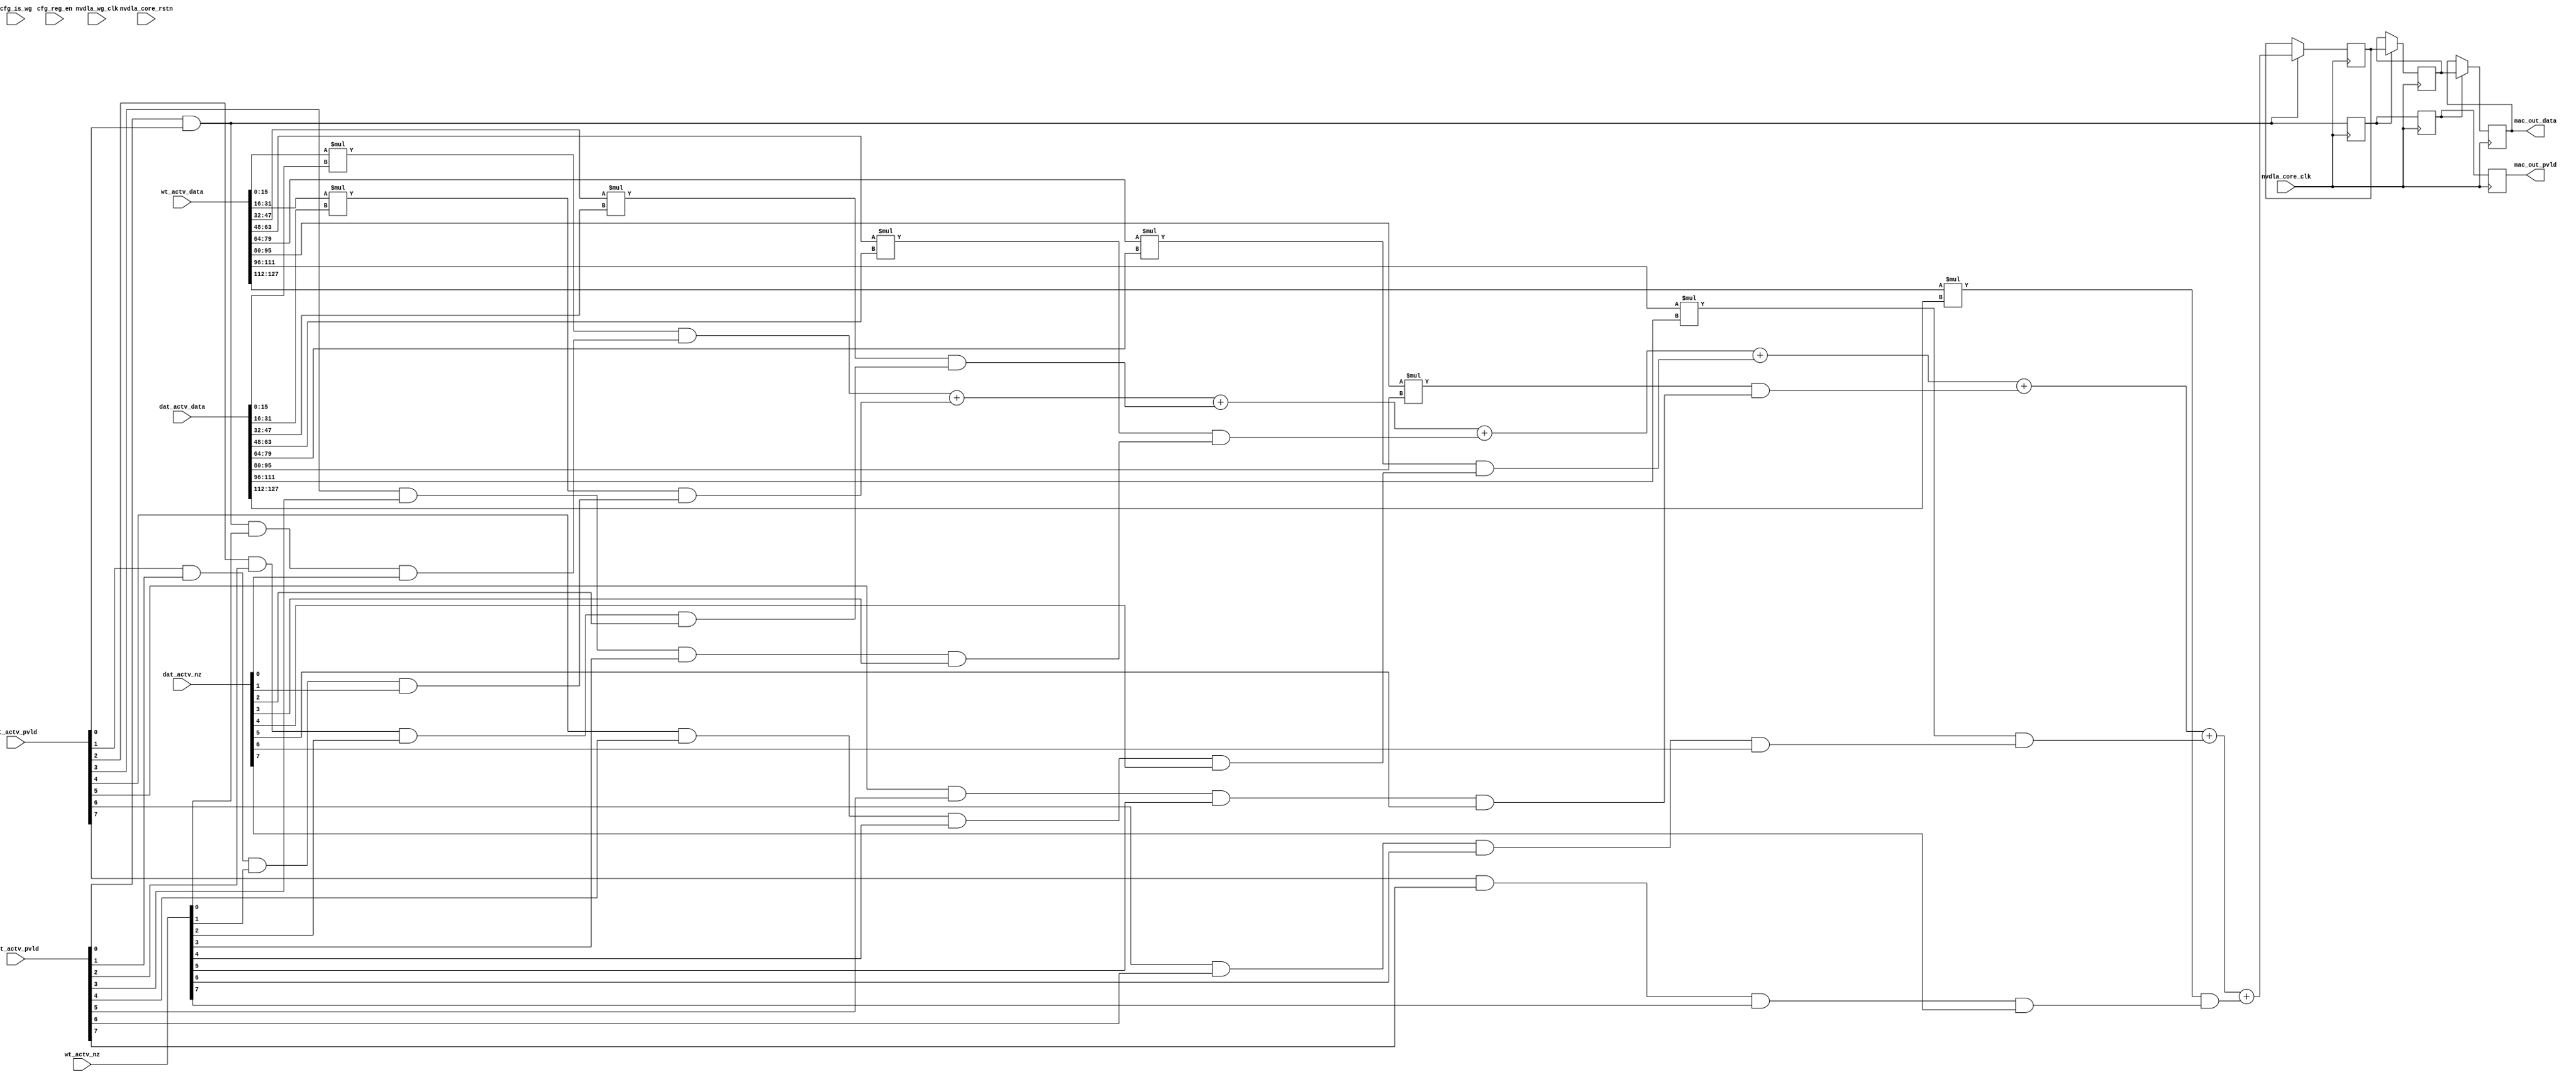
`define DESIGNWARE_NOEXIST 1

/*MAC NVDLA INT16*/
module mac_unit (
   nvdla_core_clk
  ,nvdla_wg_clk 
  ,nvdla_core_rstn
  ,cfg_is_wg 
  ,cfg_reg_en 
  ,dat_actv_data
  ,dat_actv_nz 
  ,dat_actv_pvld
  ,wt_actv_data 
  ,wt_actv_nz 
  ,wt_actv_pvld 
  ,mac_out_data 
  ,mac_out_pvld 
  );
input nvdla_core_clk;
input nvdla_wg_clk;
input nvdla_core_rstn;
input cfg_is_wg;
input cfg_reg_en;
input [8*16 -1:0] dat_actv_data;
input [8 -1:0] dat_actv_nz;
input [8 -1:0] dat_actv_pvld;
input [8*16 -1:0] wt_actv_data;
input [8 -1:0] wt_actv_nz;
input [8 -1:0] wt_actv_pvld;
output [35:0] mac_out_data;
output mac_out_pvld;

wire [15:0] wt_actv_data0 = wt_actv_data[15:0];
wire [15:0] dat_actv_data0 = dat_actv_data[15:0];
wire wt_actv_nz0 = wt_actv_nz[0];
wire dat_actv_nz0 = dat_actv_nz[0];

wire [15:0] wt_actv_data1 = wt_actv_data[31:16];
wire [15:0] dat_actv_data1 = dat_actv_data[31:16];
wire wt_actv_nz1 = wt_actv_nz[1];
wire dat_actv_nz1 = dat_actv_nz[1];

wire [15:0] wt_actv_data2 = wt_actv_data[47:32];
wire [15:0] dat_actv_data2 = dat_actv_data[47:32];
wire wt_actv_nz2 = wt_actv_nz[2];
wire dat_actv_nz2 = dat_actv_nz[2];

wire [15:0] wt_actv_data3 = wt_actv_data[63:48];
wire [15:0] dat_actv_data3 = dat_actv_data[63:48];
wire wt_actv_nz3 = wt_actv_nz[3];
wire dat_actv_nz3 = dat_actv_nz[3];

wire [15:0] wt_actv_data4 = wt_actv_data[79:64];
wire [15:0] dat_actv_data4 = dat_actv_data[79:64];
wire wt_actv_nz4 = wt_actv_nz[4];
wire dat_actv_nz4 = dat_actv_nz[4];

wire [15:0] wt_actv_data5 = wt_actv_data[95:80];
wire [15:0] dat_actv_data5 = dat_actv_data[95:80];
wire wt_actv_nz5 = wt_actv_nz[5];
wire dat_actv_nz5 = dat_actv_nz[5];

wire [15:0] wt_actv_data6 = wt_actv_data[111:96];
wire [15:0] dat_actv_data6 = dat_actv_data[111:96];
wire wt_actv_nz6 = wt_actv_nz[6];
wire dat_actv_nz6 = dat_actv_nz[6];

wire [15:0] wt_actv_data7 = wt_actv_data[127:112];
wire [15:0] dat_actv_data7 = dat_actv_data[127:112];
wire wt_actv_nz7 = wt_actv_nz[7];
wire dat_actv_nz7 = dat_actv_nz[7];


`ifdef DESIGNWARE_NOEXIST
wire signed [35:0] sum_out;
wire [8 -1:0] op_out_pvld;

assign op_out_pvld[0] = wt_actv_pvld[0] & dat_actv_pvld[0] & wt_actv_nz0 & dat_actv_nz0;
wire signed [35:0] mout_0 = ($signed(wt_actv_data0) * $signed(dat_actv_data0)) & $signed({18{op_out_pvld[0]}});
assign op_out_pvld[1] = wt_actv_pvld[1] & dat_actv_pvld[1] & wt_actv_nz1 & dat_actv_nz1;
wire signed [35:0] mout_1 = ($signed(wt_actv_data1) * $signed(dat_actv_data1)) & $signed({18{op_out_pvld[1]}});
assign op_out_pvld[2] = wt_actv_pvld[2] & dat_actv_pvld[2] & wt_actv_nz2 & dat_actv_nz2;
wire signed [35:0] mout_2 = ($signed(wt_actv_data2) * $signed(dat_actv_data2)) & $signed({18{op_out_pvld[2]}});
assign op_out_pvld[3] = wt_actv_pvld[3] & dat_actv_pvld[3] & wt_actv_nz3 & dat_actv_nz3;
wire signed [35:0] mout_3 = ($signed(wt_actv_data3) * $signed(dat_actv_data3)) & $signed({18{op_out_pvld[3]}});
assign op_out_pvld[4] = wt_actv_pvld[4] & dat_actv_pvld[4] & wt_actv_nz4 & dat_actv_nz4;
wire signed [35:0] mout_4 = ($signed(wt_actv_data4) * $signed(dat_actv_data4)) & $signed({18{op_out_pvld[4]}});
assign op_out_pvld[5] = wt_actv_pvld[5] & dat_actv_pvld[5] & wt_actv_nz5 & dat_actv_nz5;
wire signed [35:0] mout_5 = ($signed(wt_actv_data5) * $signed(dat_actv_data5)) & $signed({18{op_out_pvld[5]}});
assign op_out_pvld[6] = wt_actv_pvld[6] & dat_actv_pvld[6] & wt_actv_nz6 & dat_actv_nz6;
wire signed [35:0] mout_6 = ($signed(wt_actv_data6) * $signed(dat_actv_data6)) & $signed({18{op_out_pvld[6]}});
assign op_out_pvld[7] = wt_actv_pvld[7] & dat_actv_pvld[7] & wt_actv_nz7 & dat_actv_nz7;
wire signed [35:0] mout_7 = ($signed(wt_actv_data7) * $signed(dat_actv_data7)) & $signed({18{op_out_pvld[7]}});
assign sum_out = 
    mout_0
    + mout_1
    + mout_2
    + mout_3
    + mout_4
    + mout_5
    + mout_6
    + mout_7
; 
`endif

wire pp_pvld_d0 = (dat_actv_pvld[0] & wt_actv_pvld[0]);
wire [35:0] sum_out_d0 = sum_out;
reg [35:0] sum_out_d0_d1;
always @(posedge nvdla_core_clk) begin
    if ((pp_pvld_d0)) begin
        sum_out_d0_d1[35:0] <= sum_out_d0[35:0];
    end
end

reg pp_pvld_d0_d1;
always @(posedge nvdla_core_clk) begin
    pp_pvld_d0_d1 <= pp_pvld_d0;
end

reg [35:0] sum_out_d0_d2;
always @(posedge nvdla_core_clk) begin
    if ((pp_pvld_d0_d1)) begin
        sum_out_d0_d2[35:0] <= sum_out_d0_d1[35:0];
    end
end

reg pp_pvld_d0_d2;
always @(posedge nvdla_core_clk) begin
    pp_pvld_d0_d2 <= pp_pvld_d0_d1;
end

reg [35:0] sum_out_d0_d3;
always @(posedge nvdla_core_clk) begin
    if ((pp_pvld_d0_d2)) begin
        sum_out_d0_d3[35:0] <= sum_out_d0_d2[35:0];
    end
end

reg pp_pvld_d0_d3;
always @(posedge nvdla_core_clk) begin
    pp_pvld_d0_d3 <= pp_pvld_d0_d2;
end

wire [35:0] sum_out_dd;
assign sum_out_dd = sum_out_d0_d3;

wire pp_pvld_dd;
assign pp_pvld_dd = pp_pvld_d0_d3;

assign mac_out_pvld=pp_pvld_dd;
assign mac_out_data=sum_out_dd;
endmodule